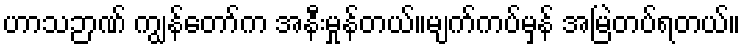
ဟာသဉာဏ် ကျွန်တော်က အနီးမှုန်တယ်။မျက်ကပ်မှန် အမြဲတပ်ရတယ်။